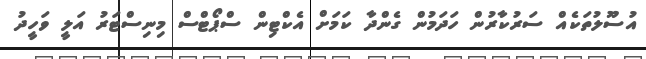
އުސޫލުތަކެއް ސަރުކާރުން ހަދަމުން ގެންދާ ކަމަށް އެކްޓިން ސްޕޯޓްސް މިނިސްޓަރު އަލީ ވަހީދު